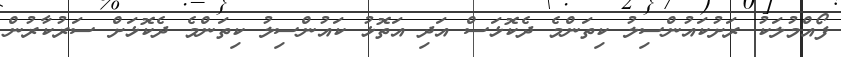
ފޯއްމުލަކު ރަށުކައުންސިލު ކިތަންމެ ދެކޮޅަސް އަދި އަތޮޅު ކައުންސިލު ކިތަންމެ ދެކޮޅަށް ސަރުކާރުން